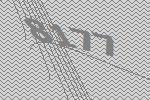
8177